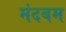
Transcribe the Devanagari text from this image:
मंदबम